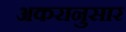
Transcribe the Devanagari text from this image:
अकरानुसार